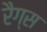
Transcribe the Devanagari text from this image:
रैग्स